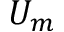
U _ { m }